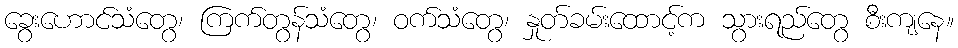
ခွေးဟောင်သံတွေ၊ ကြက်တွန်သံတွေ၊ ဝက်သံတွေ၊ နှုတ်ခမ်းထောင့်က သွားရည်တွေ စီးကျနေ။